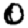
Digit: 0